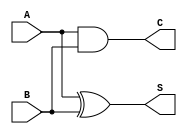
module current_mode_half_adder (
    input wire A,      // Current input A
    input wire B,      // Current input B
    output wire S,     // Current output Sum
    output wire C      // Current output Carry
);

// Intermediate signals for current representation
wire A_current, B_current;
wire sum_current, carry_current;

// Assign input currents
assign A_current = A; // Represents the current input A
assign B_current = B; // Represents the current input B

// Sum: S = A XOR B
assign sum_current = A_current ^ B_current; // XOR operation for sum

// Carry: C = A AND B
assign carry_current = A_current & B_current; // AND operation for carry

// Assign outputs
assign S = sum_current; // Output sum current
assign C = carry_current; // Output carry current

endmodule